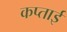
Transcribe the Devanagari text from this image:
कप्ताई